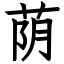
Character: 荫